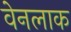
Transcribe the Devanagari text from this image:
वेनलाक